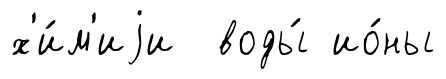
х'и́м'иjи воды́ ио́ны